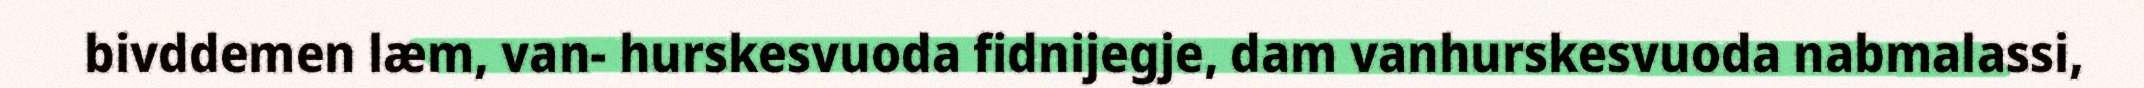
bivddemen læm, van- hurskesvuoda fidnijegje, dam vanhurskesvuoda nabmalassi,